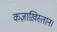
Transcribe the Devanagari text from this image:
कज़ाख़िस्तान।